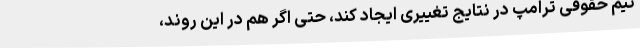
تیم حقوقی ترامپ در نتایج تغییری ایجاد کند، حتی اگر هم در این روند،